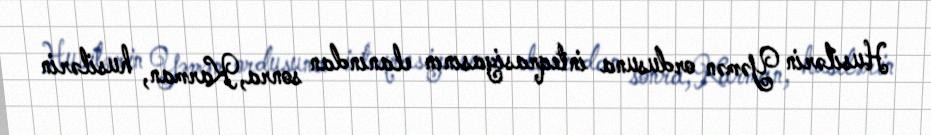
Husilərin Yəmən ordusuna inteqrasiyasının elanından sonra,Karman, husilərin